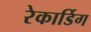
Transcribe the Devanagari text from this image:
रेकार्डिग